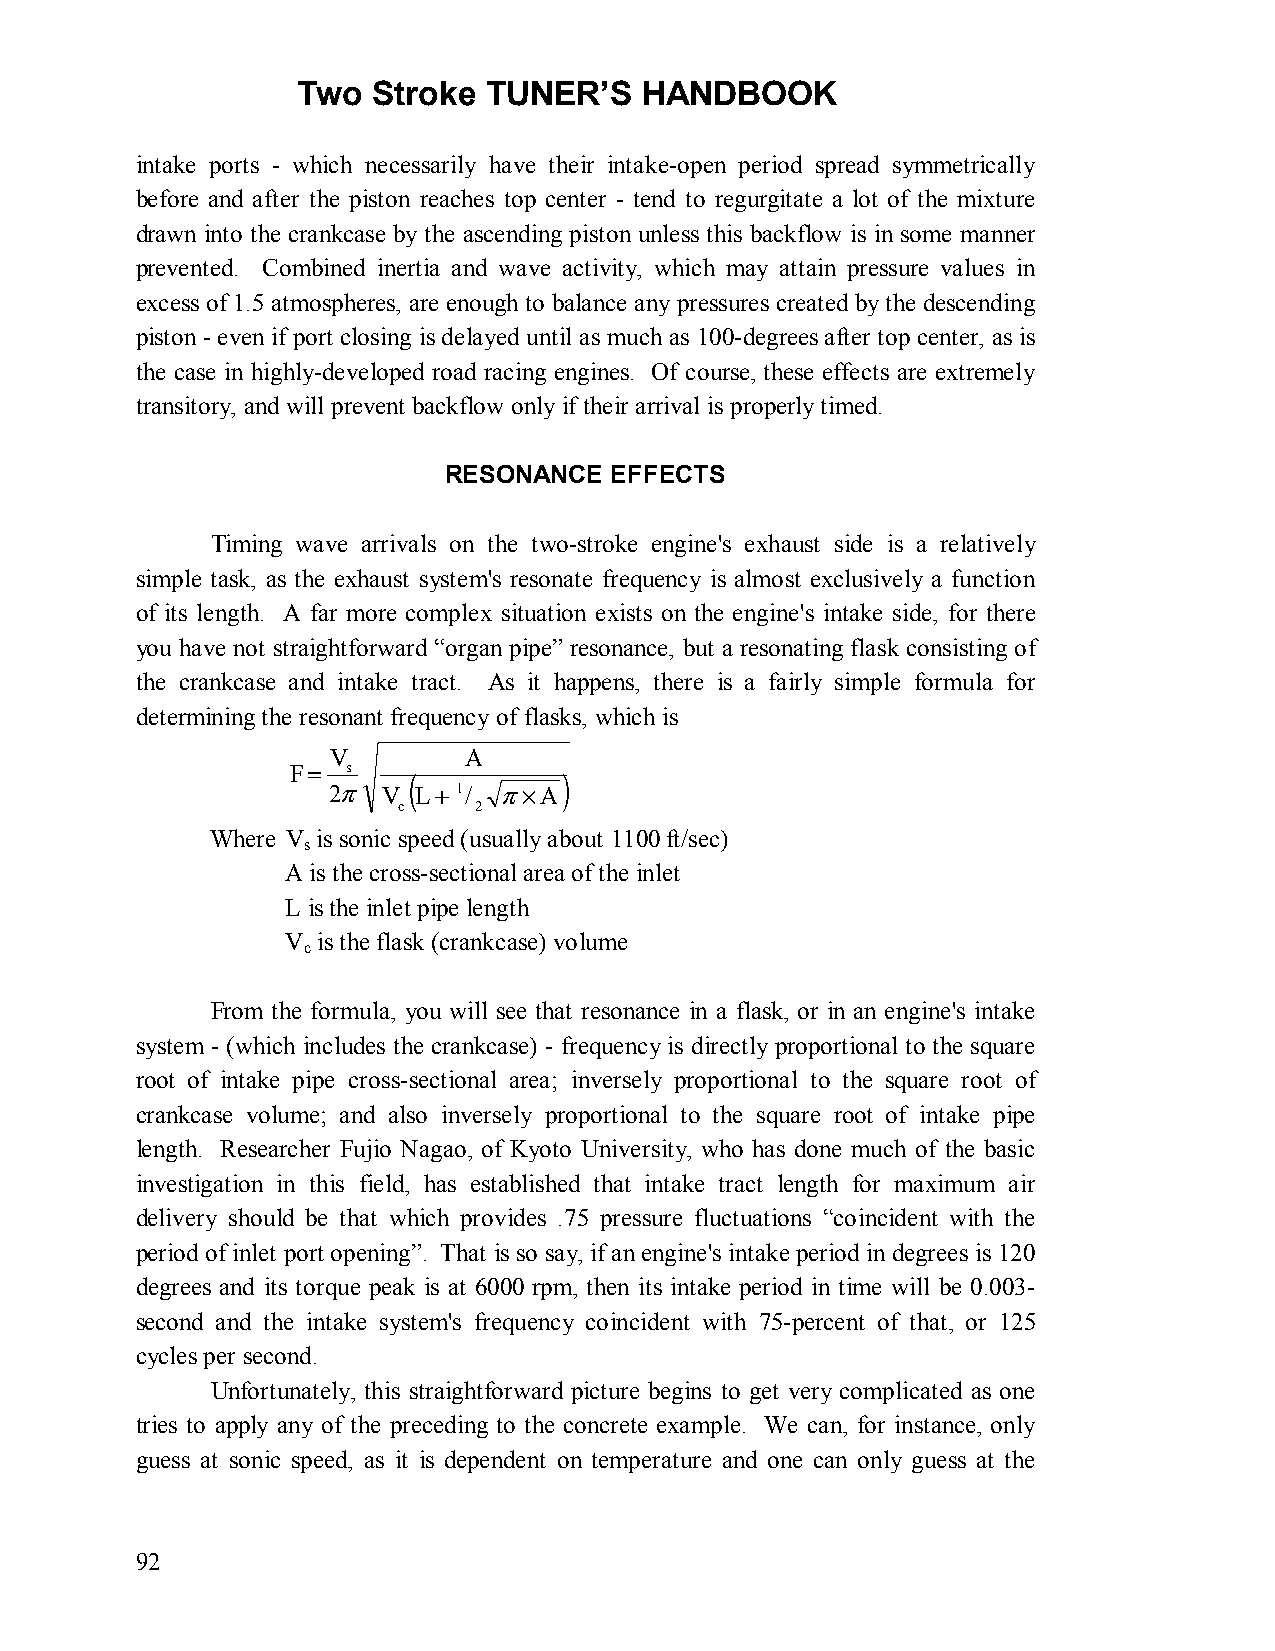
Two  Stroke TUNER’S   HANDBOOK
 intake ports - which necessarily have their intake-open period spread symmetrically
 before and after the piston reaches top center - tend to regurgitate a lot of the mixture
 drawn into the crankcase by the ascending piston unless this backflow is in some manner
 prevented. Combined inertia and wave activity, which may attain pressure values in
 excess of 1.5 atmospheres, are enough to balance any pressures created by the descending
 piston - even if port closing is delayed until as much as 100-degrees after top center, as is
 the case in highly-developed road racing engines. Of course, these effects are extremely
 transitory, and will prevent backflow only if their arrival is properly timed.
 RESONANCE  EFFECTS
 Timing wave arrivals on the two-stroke engine's exhaust side is a relatively
 simple task, as the exhaust system's resonate frequency is almost exclusively a function
 of its length. A far more complex situation exists on the engine's intake side, for there
 you have not straightforward “organ pipe” resonance, but a resonating flask consisting of
 the crankcase and intake tract. As it happens, there is a fairly simple formula for
 determining the resonant frequency of flasks, which is
 V        A
 F = s   (         )
 2π V L+ 1/ π×A
 c    2
 Where V is sonic speed (usually about 1100 ft/sec)
 s
 A is the cross-sectional area of the inlet
 L is the inlet pipe length
 V is the flask (crankcase) volume
 c
 From the formula, you will see that resonance in a flask, or in an engine's intake
 system - (which includes the crankcase) - frequency is directly proportional to the square
 root of intake pipe cross-sectional area; inversely proportional to the square root of
 crankcase volume; and also inversely proportional to the square root of intake pipe
 length. Researcher Fujio Nagao, of Kyoto University, who has done much of the basic
 investigation in this field, has established that intake tract length for maximum air
 delivery should be that which provides .75 pressure fluctuations “coincident with the
 period of inlet port opening”. That is so say, if an engine's intake period in degrees is 120
 degrees and its torque peak is at 6000 rpm, then its intake period in time will be 0.003-
 second and the intake system's frequency coincident with 75-percent of that, or 125
 cycles per second.
 Unfortunately, this straightforward picture begins to get very complicated as one
 tries to apply any of the preceding to the concrete example. We can, for instance, only
 guess at sonic speed, as it is dependent on temperature and one can only guess at the
 92